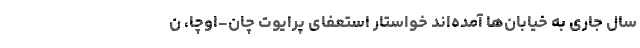
سال جاری به خیابان‌ها آمده‌اند خواستار استعفای پرایوت چان-اوچا، ن